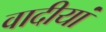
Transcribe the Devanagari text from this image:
वादीयां